Annual administration report of the Civil Veterinary Department of India - 1904-1905
Year: 1904
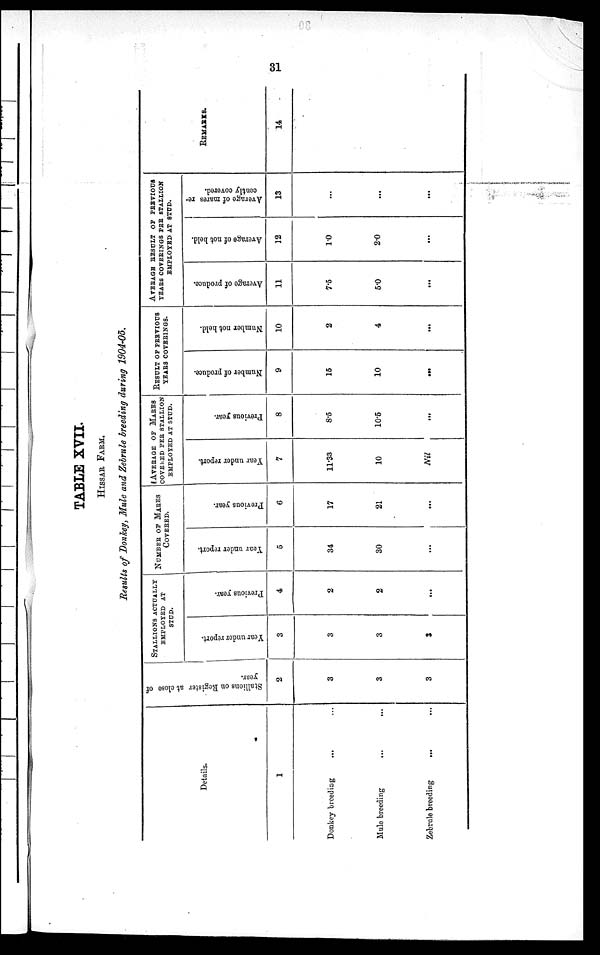
31
TABLE XVII.
HISSAR FARM.
Results of Donkey, Mule and Zebrule breeding during 1904-05.
Details.
1
Donkey breeding ... ...
Male breeding
...
...
Zebrule breeding
...
Stallions on Register at close of
year.
2
3
3
3
STALLIONS ACTUALLY EMPLOYED AT
STUD.
Year under report.
3
3
3
3
Previous year.
4
2
2
...
NUMBER OF MARES
COVERED.
Year under report.
5
34
30
...
Previous year.
6
17
21
...
AVERAGE OF MAKES
COVERED PER STALLION
EMPLOYED AT STUD.
Year under report.
7
11.33
10
Nil
Previous year.
8
8.5
10.5
...
RESULT OF PERVIOUS
YEARS COVERINGS.
Number of produce.
9
15
10
...
Number not held.
10
2
4
...
AVERAGE RESULT OF PREVIOUS
YEARS COVERINGS PER STALLION
EMPLOYED AT STUD.
Average of produce.
11
7.5
5.0
...
Average of not held.
12
1.0
2.0
...
Average of mares re-
cently covered.
13
...
...
...
REMARKS.
14